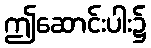
ဤဆောင်းပါး၌